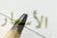
الأسعار